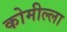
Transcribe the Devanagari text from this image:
कोमील्ला